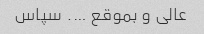
عالی و بموقع …. سپاس